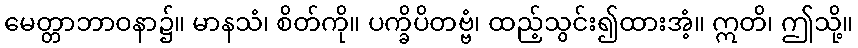
မေတ္တာဘာဝနာ၌။ မာနသံ၊ စိတ်ကို။ ပက္ခိပိတဗ္ဗံ၊ ထည့်သွင်း၍ထားအံ့။ ဣတိ၊ ဤသို့။